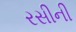
રસીની